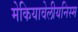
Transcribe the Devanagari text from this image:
मेकियावेलीयनिस्म